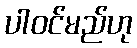
ပါဝင်မည်ဟု